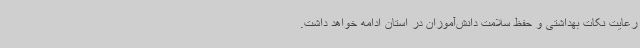
رعایت نکات بهداشتی و حفظ سلامت دانش‌آموزان در استان ادامه خواهد داشت.